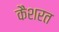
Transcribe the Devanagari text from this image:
कैशरत